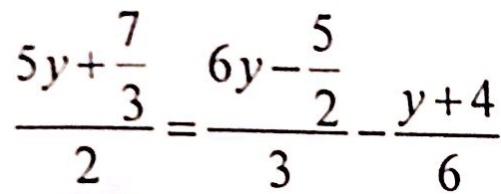
\frac { 5 y + \frac { 7 } { 3 } } { 2 } = \frac { 6 y - \frac { 5 } { 2 } } { 3 } - \frac { y + 4 } { 6 }